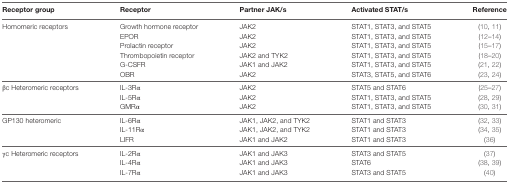
<table><thead><tr><td><b>Receptor group</b></td><td><b>Receptor</b></td><td><b>Partner JAK/s</b></td><td><b>Activated STAT/s</b></td><td><b>Reference</b></td></tr></thead><tbody><tr><td rowspan="6">Homomeric receptors</td><td>Growth hormone receptor</td><td>JAK2</td><td>STAT1, STAT3, and STAT5</td><td>(10, 11)</td></tr><tr><td>EPOR</td><td>JAK2</td><td>STAT1, STAT3, and STAT5</td><td>(12–14)</td></tr><tr><td>Prolactin receptor</td><td>JAK2</td><td>STAT1, STAT3, and STAT5</td><td>(15–17)</td></tr><tr><td>Thrombopoietin receptor</td><td>JAK2 and TYK2</td><td>STAT1, STAT3, and STAT5</td><td>(18–20)</td></tr><tr><td>G-CSFR</td><td>JAK1 and JAK2</td><td>STAT1, STAT3, and STAT5</td><td>(21, 22)</td></tr><tr><td>OBR</td><td>JAK2</td><td>STAT3, STAT5, and STAT6</td><td>(23, 24)</td></tr><tr><td rowspan="3">βc Heteromeric receptors</td><td>IL-3Rα</td><td>JAK2</td><td>STAT5 and STAT6</td><td>(25–27)</td></tr><tr><td>IL-5Rα</td><td>JAK2</td><td>STAT1, STAT3, and STAT5</td><td>(28, 29)</td></tr><tr><td>GMRα</td><td>JAK2</td><td>STAT1, STAT3, and STAT5</td><td>(30, 31)</td></tr><tr><td rowspan="3">GP130 heteromeric</td><td>IL-6Rα</td><td>JAK1, JAK2, and TYK2</td><td>STAT1 and STAT3</td><td>(32, 33)</td></tr><tr><td>IL-11Rα</td><td>JAK1, JAK2, and TYK2</td><td>STAT1 and STAT3</td><td>(34, 35)</td></tr><tr><td>LIFR</td><td>JAK1 and JAK2</td><td>STAT1 and STAT3</td><td>(36)</td></tr><tr><td rowspan="3">γc Heteromeric receptors</td><td>IL-2Rα</td><td>JAK1 and JAK3</td><td>STAT3 and STAT5</td><td>(37)</td></tr><tr><td>IL-4Rα</td><td>JAK1 and JAK3</td><td>STAT6</td><td>(38, 39)</td></tr><tr><td>IL-7Rα</td><td>JAK1 and JAK3</td><td>STAT3 and STAT5</td><td>(40)</td></tr></tbody></table>